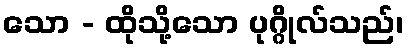
သော - ထိုသို့သော ပုဂ္ဂိုလ်သည်၊